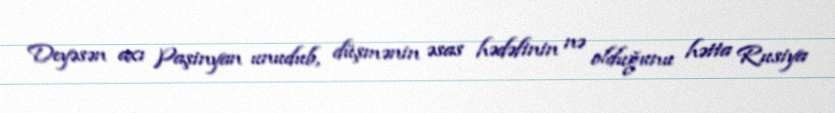
Deyəsən axı Paşinyan unudub, düşmənin əsas hədəfinin nə olduğunu hətta Rusiya